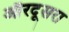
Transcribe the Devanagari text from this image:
औरदूसरा